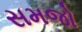
સમજો